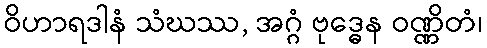
ဝိဟာရဒါနံ သံဃဿ, အဂ္ဂံ ဗုဒ္ဓေန ဝဏ္ဏိတံ၊